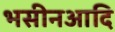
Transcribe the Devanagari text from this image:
भसीनआदि